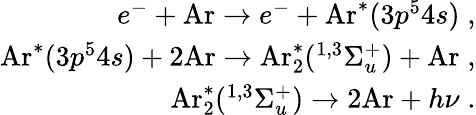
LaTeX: \begin{array}{r}{e^{-}+\mathrm{Ar}\rightarrow e^{-}+\mathrm{Ar}^{\ast}(3p^{5}4s)\; ,}\\ {\mathrm{Ar}^{\ast}(3p^{5}4s)+2\mathrm{Ar}\rightarrow\mathrm{Ar}_{2}^{\ast}(^{1,3}\Sigma_{u}^{+})+\mathrm{Ar}\; ,}\\ {\mathrm{Ar}_{2}^{\ast}(^{1,3}\Sigma_{u}^{+})\rightarrow 2\mathrm{Ar}+h\nu\; .}\end{array}